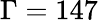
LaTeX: \Gamma=147